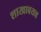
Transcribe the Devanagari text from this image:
शाखावयव